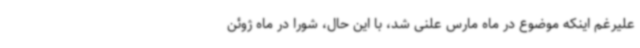
علیرغم اینکه موضوع در ماه مارس علنی شد، با این حال، شورا در ماه ژوئن